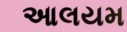
આલયમ